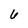
Character: 6